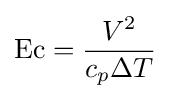
\mathrm {Ec} ={\frac {V^{2}}{c_{p}\Delta T}}